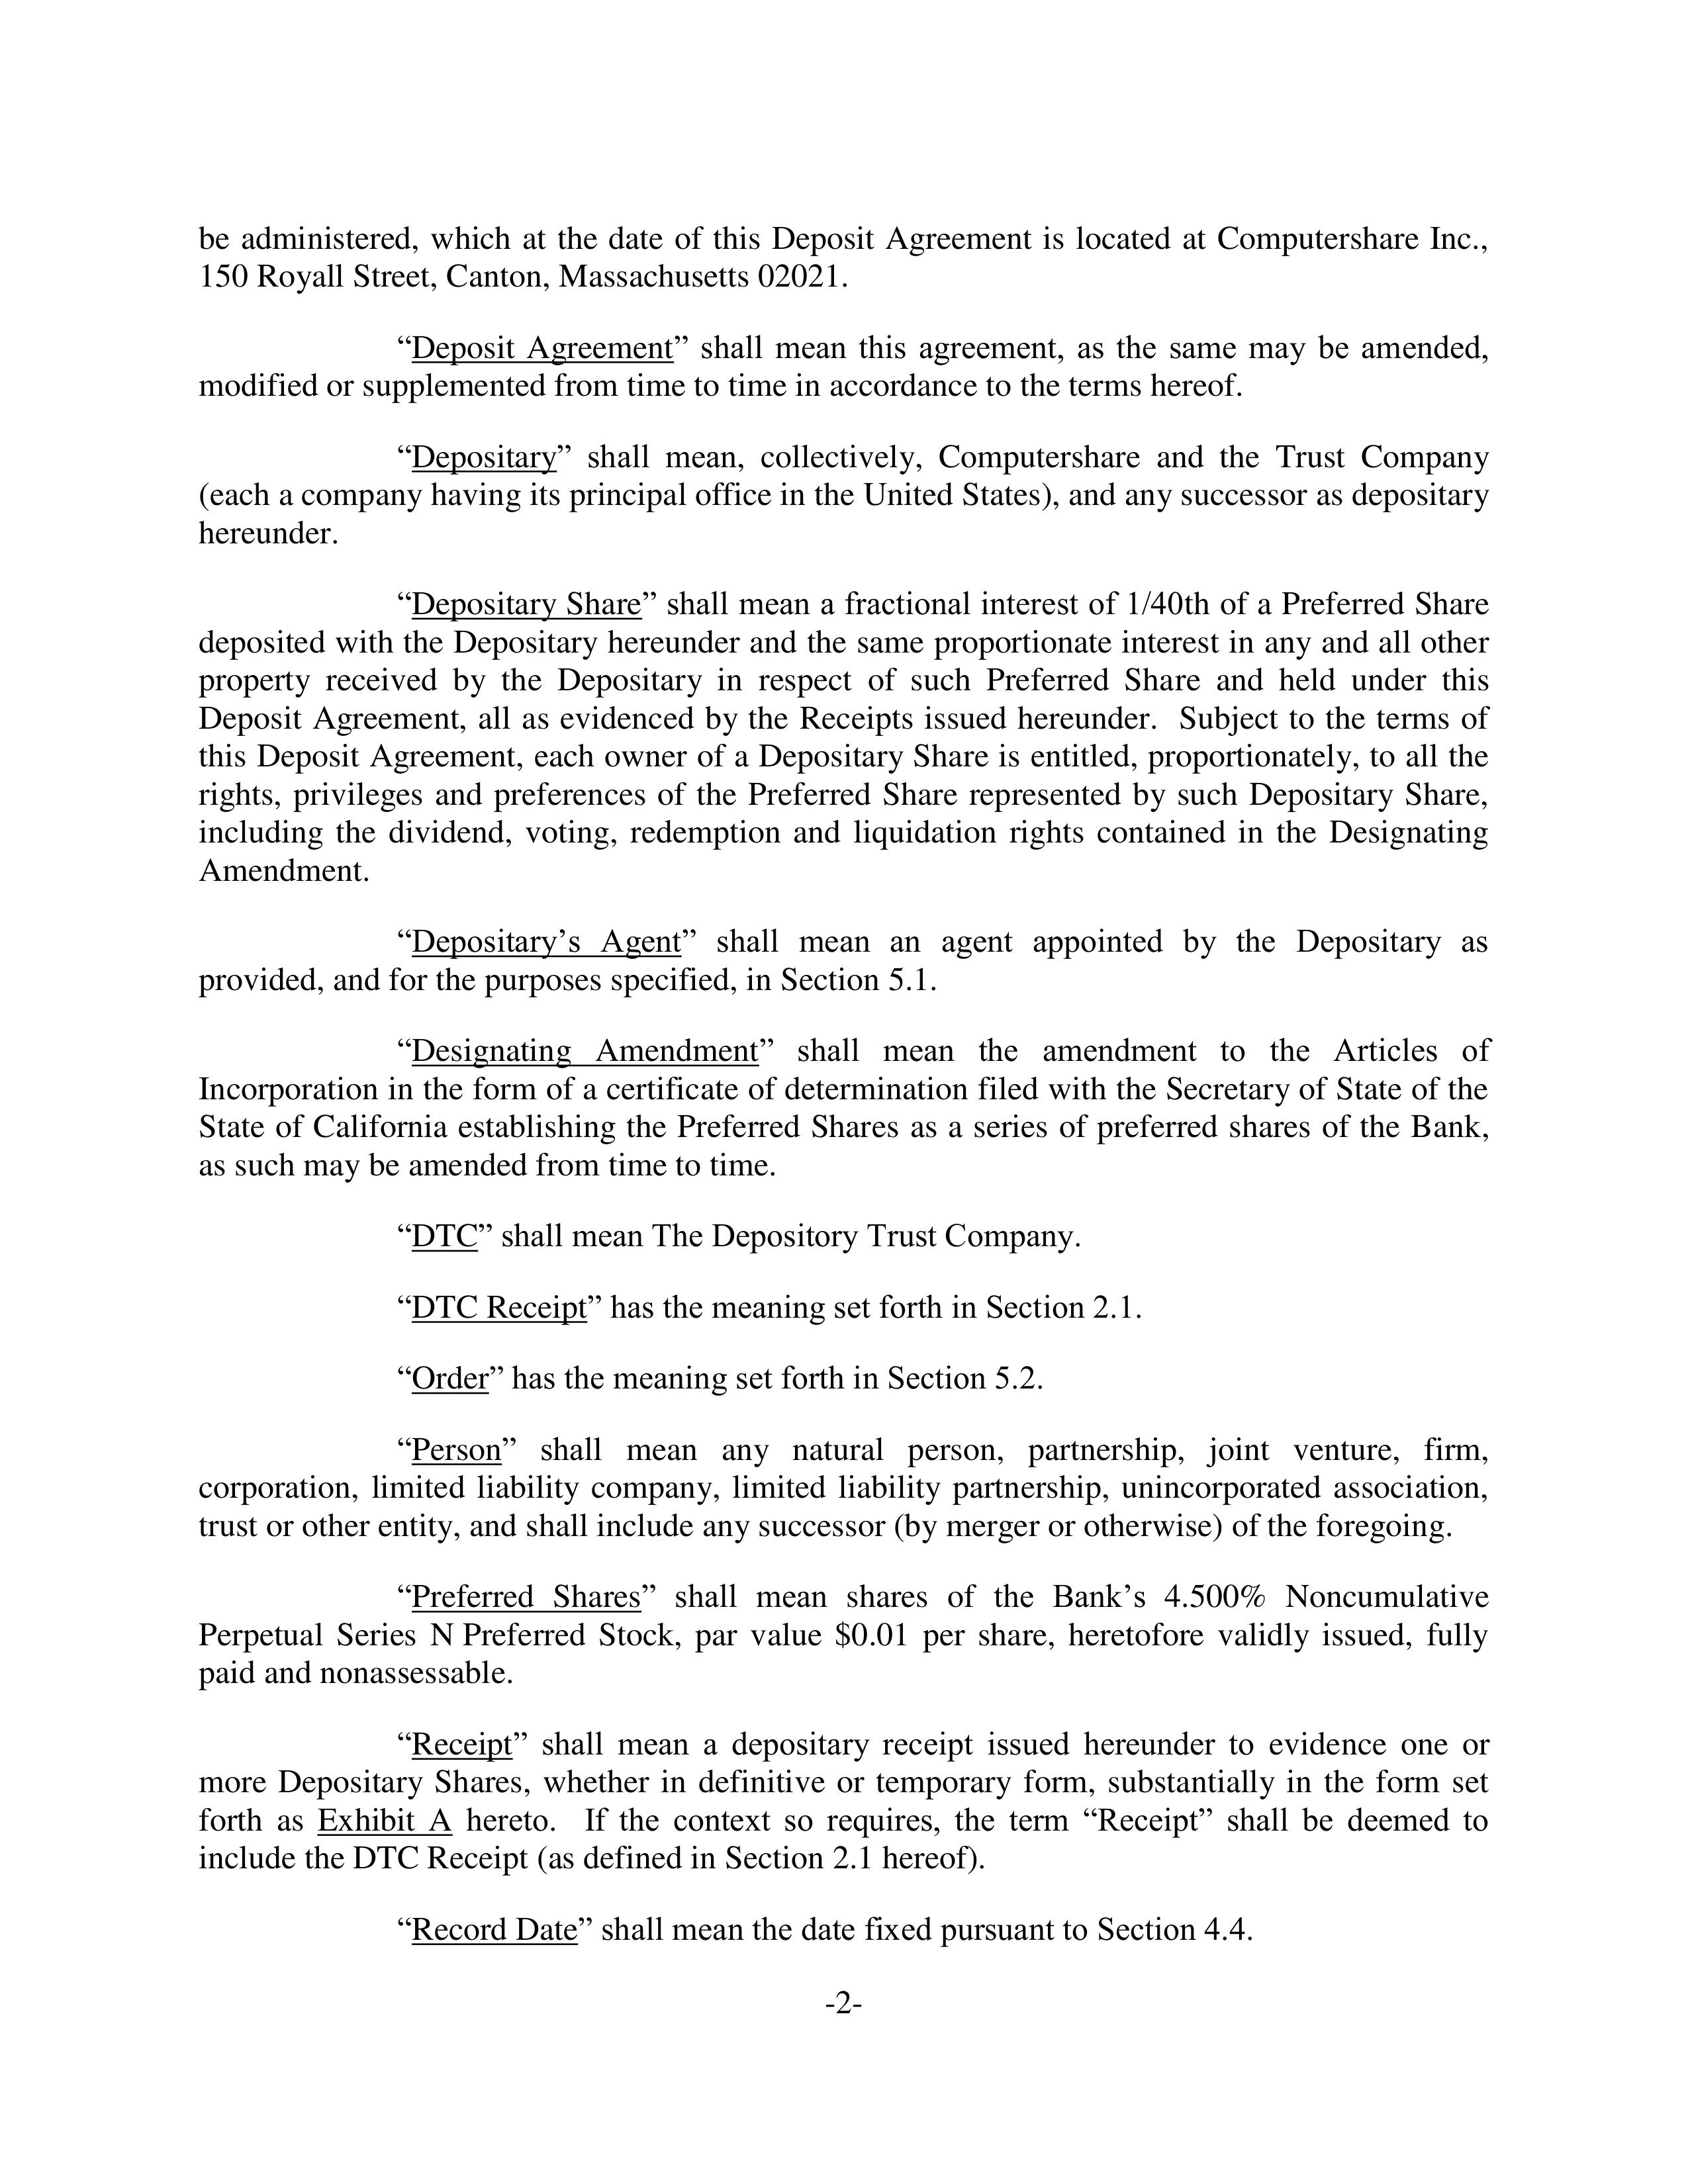
be administered, which at the date of this Deposit Agreement is located at Computershare Inc., 150 Royall Street, Canton, Massachusetts 02021.

"Deposit Agreement" shall mean this agreement, as the same may be amended, modified or supplemented from time to time in accordance to the terms hereof.

"Depositary" shall mean, collectively, Computershare and the Trust Company (each a company having its principal office in the United States), and any successor as depositary hereunder.

"Depositary Share" shall mean a fractional interest of 1/40th of a Preferred Share deposited with the Depositary hereunder and the same proportionate interest in any and all other property received by the Depositary in respect of such Preferred Share and held under this Deposit Agreement, all as evidenced by the Receipts issued hereunder. Subject to the terms of this Deposit Agreement, each owner of a Depositary Share is entitled, proportionately, to all the rights, privileges and preferences of the Preferred Share represented by such Depositary Share, including the dividend, voting, redemption and liquidation rights contained in the Designating Amendment.

"Depositary's Agent" shall mean an agent appointed by the Depositary as provided, and for the purposes specified, in Section 5.1.

"Designating Amendment" shall mean the amendment to the Articles of Incorporation in the form of a certificate of determination filed with the Secretary of State of the State of California establishing the Preferred Shares as a series of preferred shares of the Bank, as such may be amended from time to time.

"DTC" shall mean The Depository Trust Company.

"DTC Receipt" has the meaning set forth in Section 2.1.

"Order" has the meaning set forth in Section 5.2.

"Person" shall mean any natural person, partnership, joint venture, firm, corporation, limited liability company, limited liability partnership, unincorporated association, trust or other entity, and shall include any successor (by merger or otherwise) of the foregoing.

"Preferred Shares" shall mean shares of the Bank's 4.500% Noncumulative Perpetual Series N Preferred Stock, par value $0.01 per share, heretofore validly issued, fully paid and nonassessable.

"Receipt" shall mean a depositary receipt issued hereunder to evidence one or more Depositary Shares, whether in definitive or temporary form, substantially in the form set forth as Exhibit A hereto. If the context so requires, the term "Receipt" shall be deemed to include the DTC Receipt (as defined in Section 2.1 hereof).

"Record Date" shall mean the date fixed pursuant to Section 4.4.

-2-